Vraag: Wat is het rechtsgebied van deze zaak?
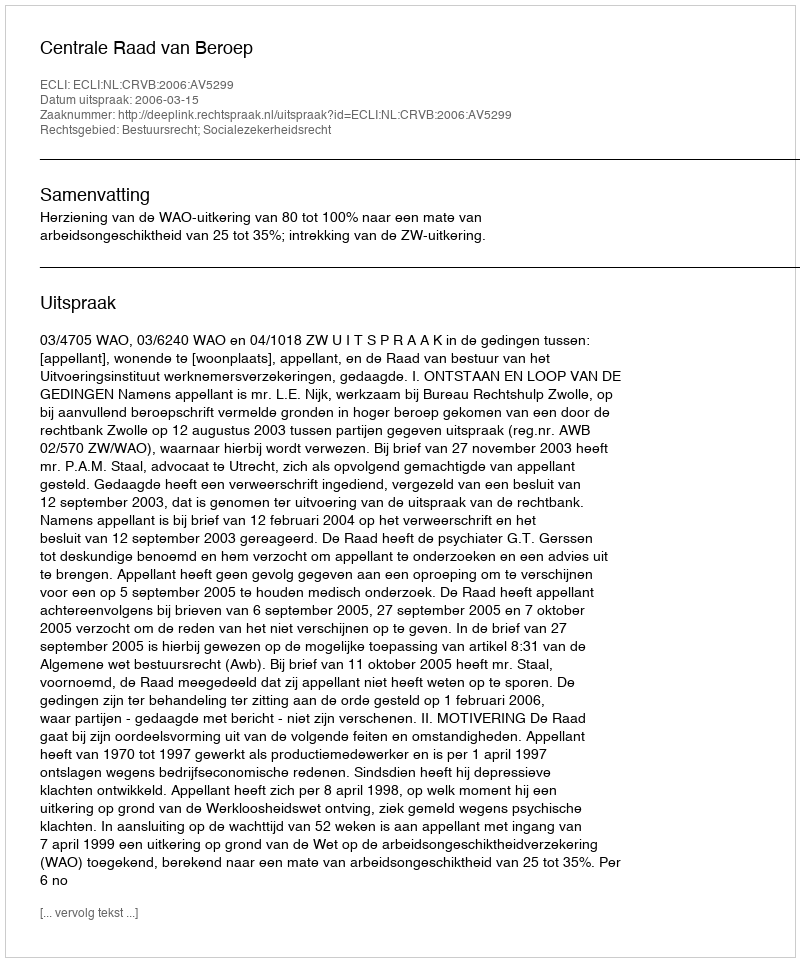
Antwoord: Bestuursrecht; Socialezekerheidsrecht